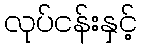
လုပ်ငန်းနှင့်